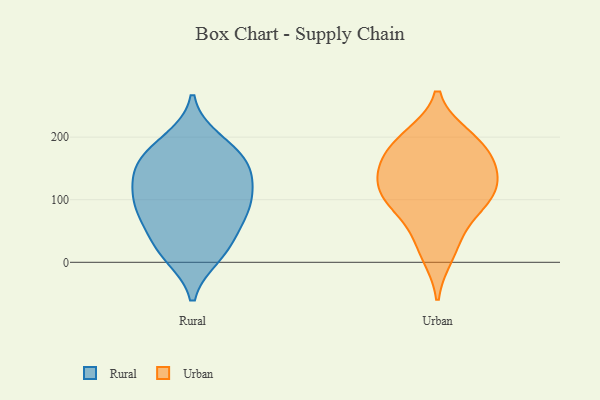
{"axis": {"x": "Population (Million)", "y": "Value"}, "legend": ["Rural", "Urban"], "data": [{"x": "", "y": 101, "type": "Rural"}, {"x": "", "y": 181, "type": "Rural"}, {"x": "", "y": 83, "type": "Rural"}, {"x": "", "y": 137, "type": "Rural"}, {"x": "", "y": 14, "type": "Rural"}, {"x": "", "y": 195, "type": "Rural"}, {"x": "", "y": 150, "type": "Rural"}, {"x": "", "y": 144, "type": "Rural"}, {"x": "", "y": 29, "type": "Rural"}, {"x": "", "y": 96, "type": "Rural"}, {"x": "", "y": 93, "type": "Rural"}, {"x": "", "y": 174, "type": "Rural"}, {"x": "", "y": 49, "type": "Rural"}, {"x": "", "y": 145, "type": "Rural"}, {"x": "", "y": 11, "type": "Rural"}, {"x": "", "y": 77, "type": "Rural"}, {"x": "", "y": 93, "type": "Urban"}, {"x": "", "y": 138, "type": "Urban"}, {"x": "", "y": 39, "type": "Urban"}, {"x": "", "y": 200, "type": "Urban"}, {"x": "", "y": 183, "type": "Urban"}, {"x": "", "y": 13, "type": "Urban"}, {"x": "", "y": 100, "type": "Urban"}, {"x": "", "y": 167, "type": "Urban"}, {"x": "", "y": 132, "type": "Urban"}, {"x": "", "y": 113, "type": "Urban"}, {"x": "", "y": 152, "type": "Urban"}, {"x": "", "y": 196, "type": "Urban"}, {"x": "", "y": 93, "type": "Urban"}]}